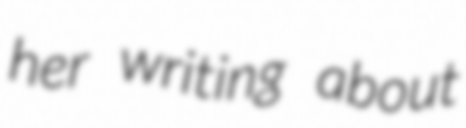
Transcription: her writing about